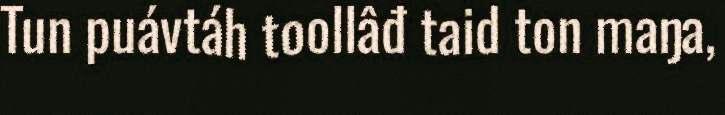
Tun puávtáh toollâđ taid ton maŋa,